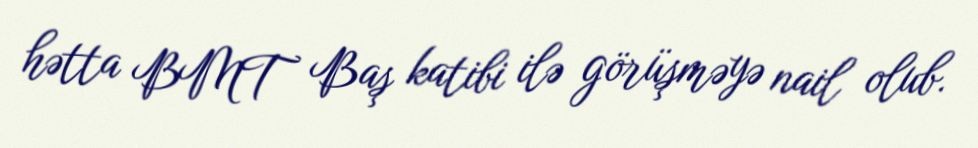
hətta BMT Baş katibi ilə görüşməyə nail olub.